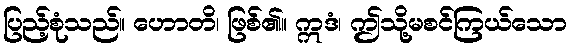
ပြည့်စုံသည်။ ဟောတိ၊ ဖြစ်၏။ ဣဒံ၊ ဤသို့မစင်ကြယ်သော